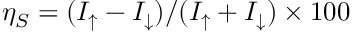
\eta _ { S } = ( I _ { \uparrow } - I _ { \downarrow } ) / ( I _ { \uparrow } + I _ { \downarrow } ) \times 1 0 0 \